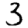
Digit: 3